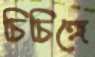
চিচিঙ্গে